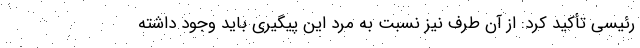
رئیسی تأکید کرد: از آن طرف نیز نسبت به مرد این پیگیری باید وجود داشته